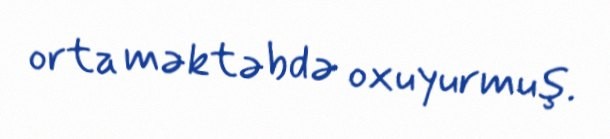
orta məktəbdə oxuyurmuş.